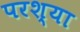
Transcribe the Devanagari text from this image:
परश्‍या